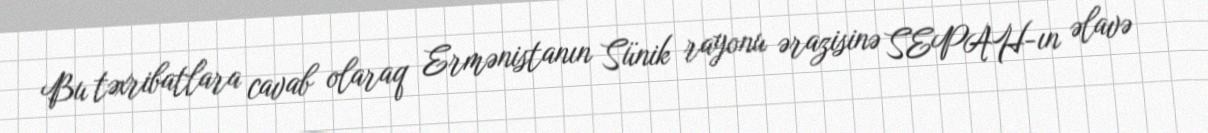
Bu təxribatlara cavab olaraq Ermənistanın Sünik rayonu ərazisinə SEPAH-ın əlavə